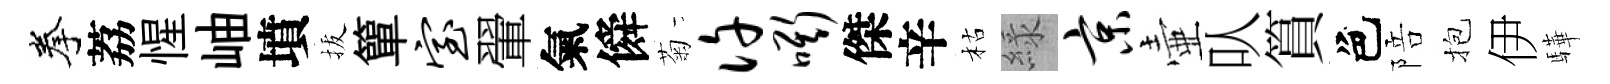
拳荔惺岫墳拔簞室翬氣僢菊许嘶傑辛枯緑京壷㕥篔色陪抱伊驊